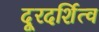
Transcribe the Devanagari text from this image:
दूरदर्शित्व